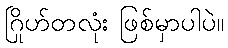
ဂြိုဟ်တလုံး ဖြစ်မှာပါပဲ။